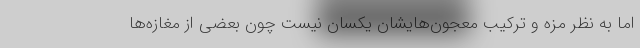
اما به نظر مزه و ترکیب‌ معجون‌هایشان یکسان نیست چون بعضی از مغازه‌ها